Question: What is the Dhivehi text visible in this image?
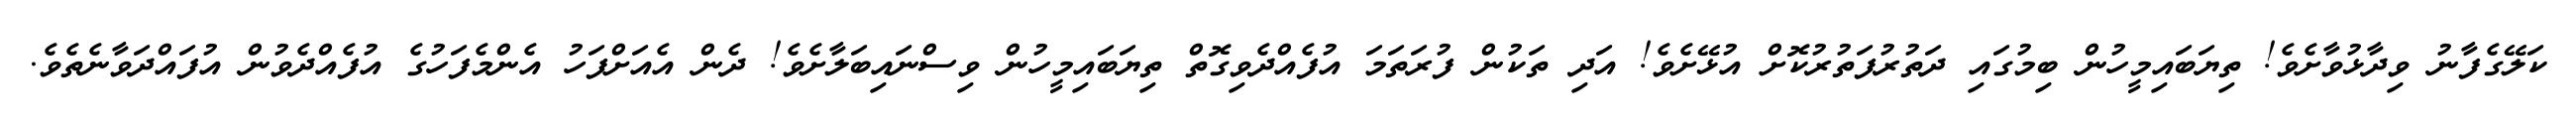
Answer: ކަލޭގެފާނު ވިދާޅުވާށެވެ! ތިޔަބައިމީހުން ބިމުގައި ދަތުރުފަތުރުކޮށް އުޅޭށެވެ! އަދި ތަކުން ފުރަތަމަ އުފެއްދެވިގޮތް ތިޔަބައިމީހުން ވިސްނައިބަލާށެވެ! ދެން އެއަށްފަހު އެންމެފަހުގެ އުފެއްދެވުން އުފައްދަވާނެތެވެ.